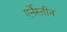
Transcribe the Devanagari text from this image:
एर्नेस्तीन